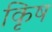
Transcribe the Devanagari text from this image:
कृिष